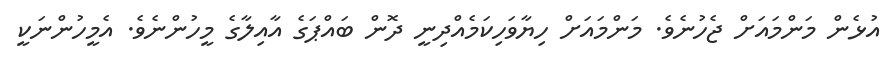
އުޅެން މަންމައަށް ޖެހުނެވެ. މަންމައަށް ހިޔާވަހިކަމެއްދިނީ ދޮން ބައްޕަގެ އާއިލާގެ މީހުންނެވެ. އެމީހުންނަކީ